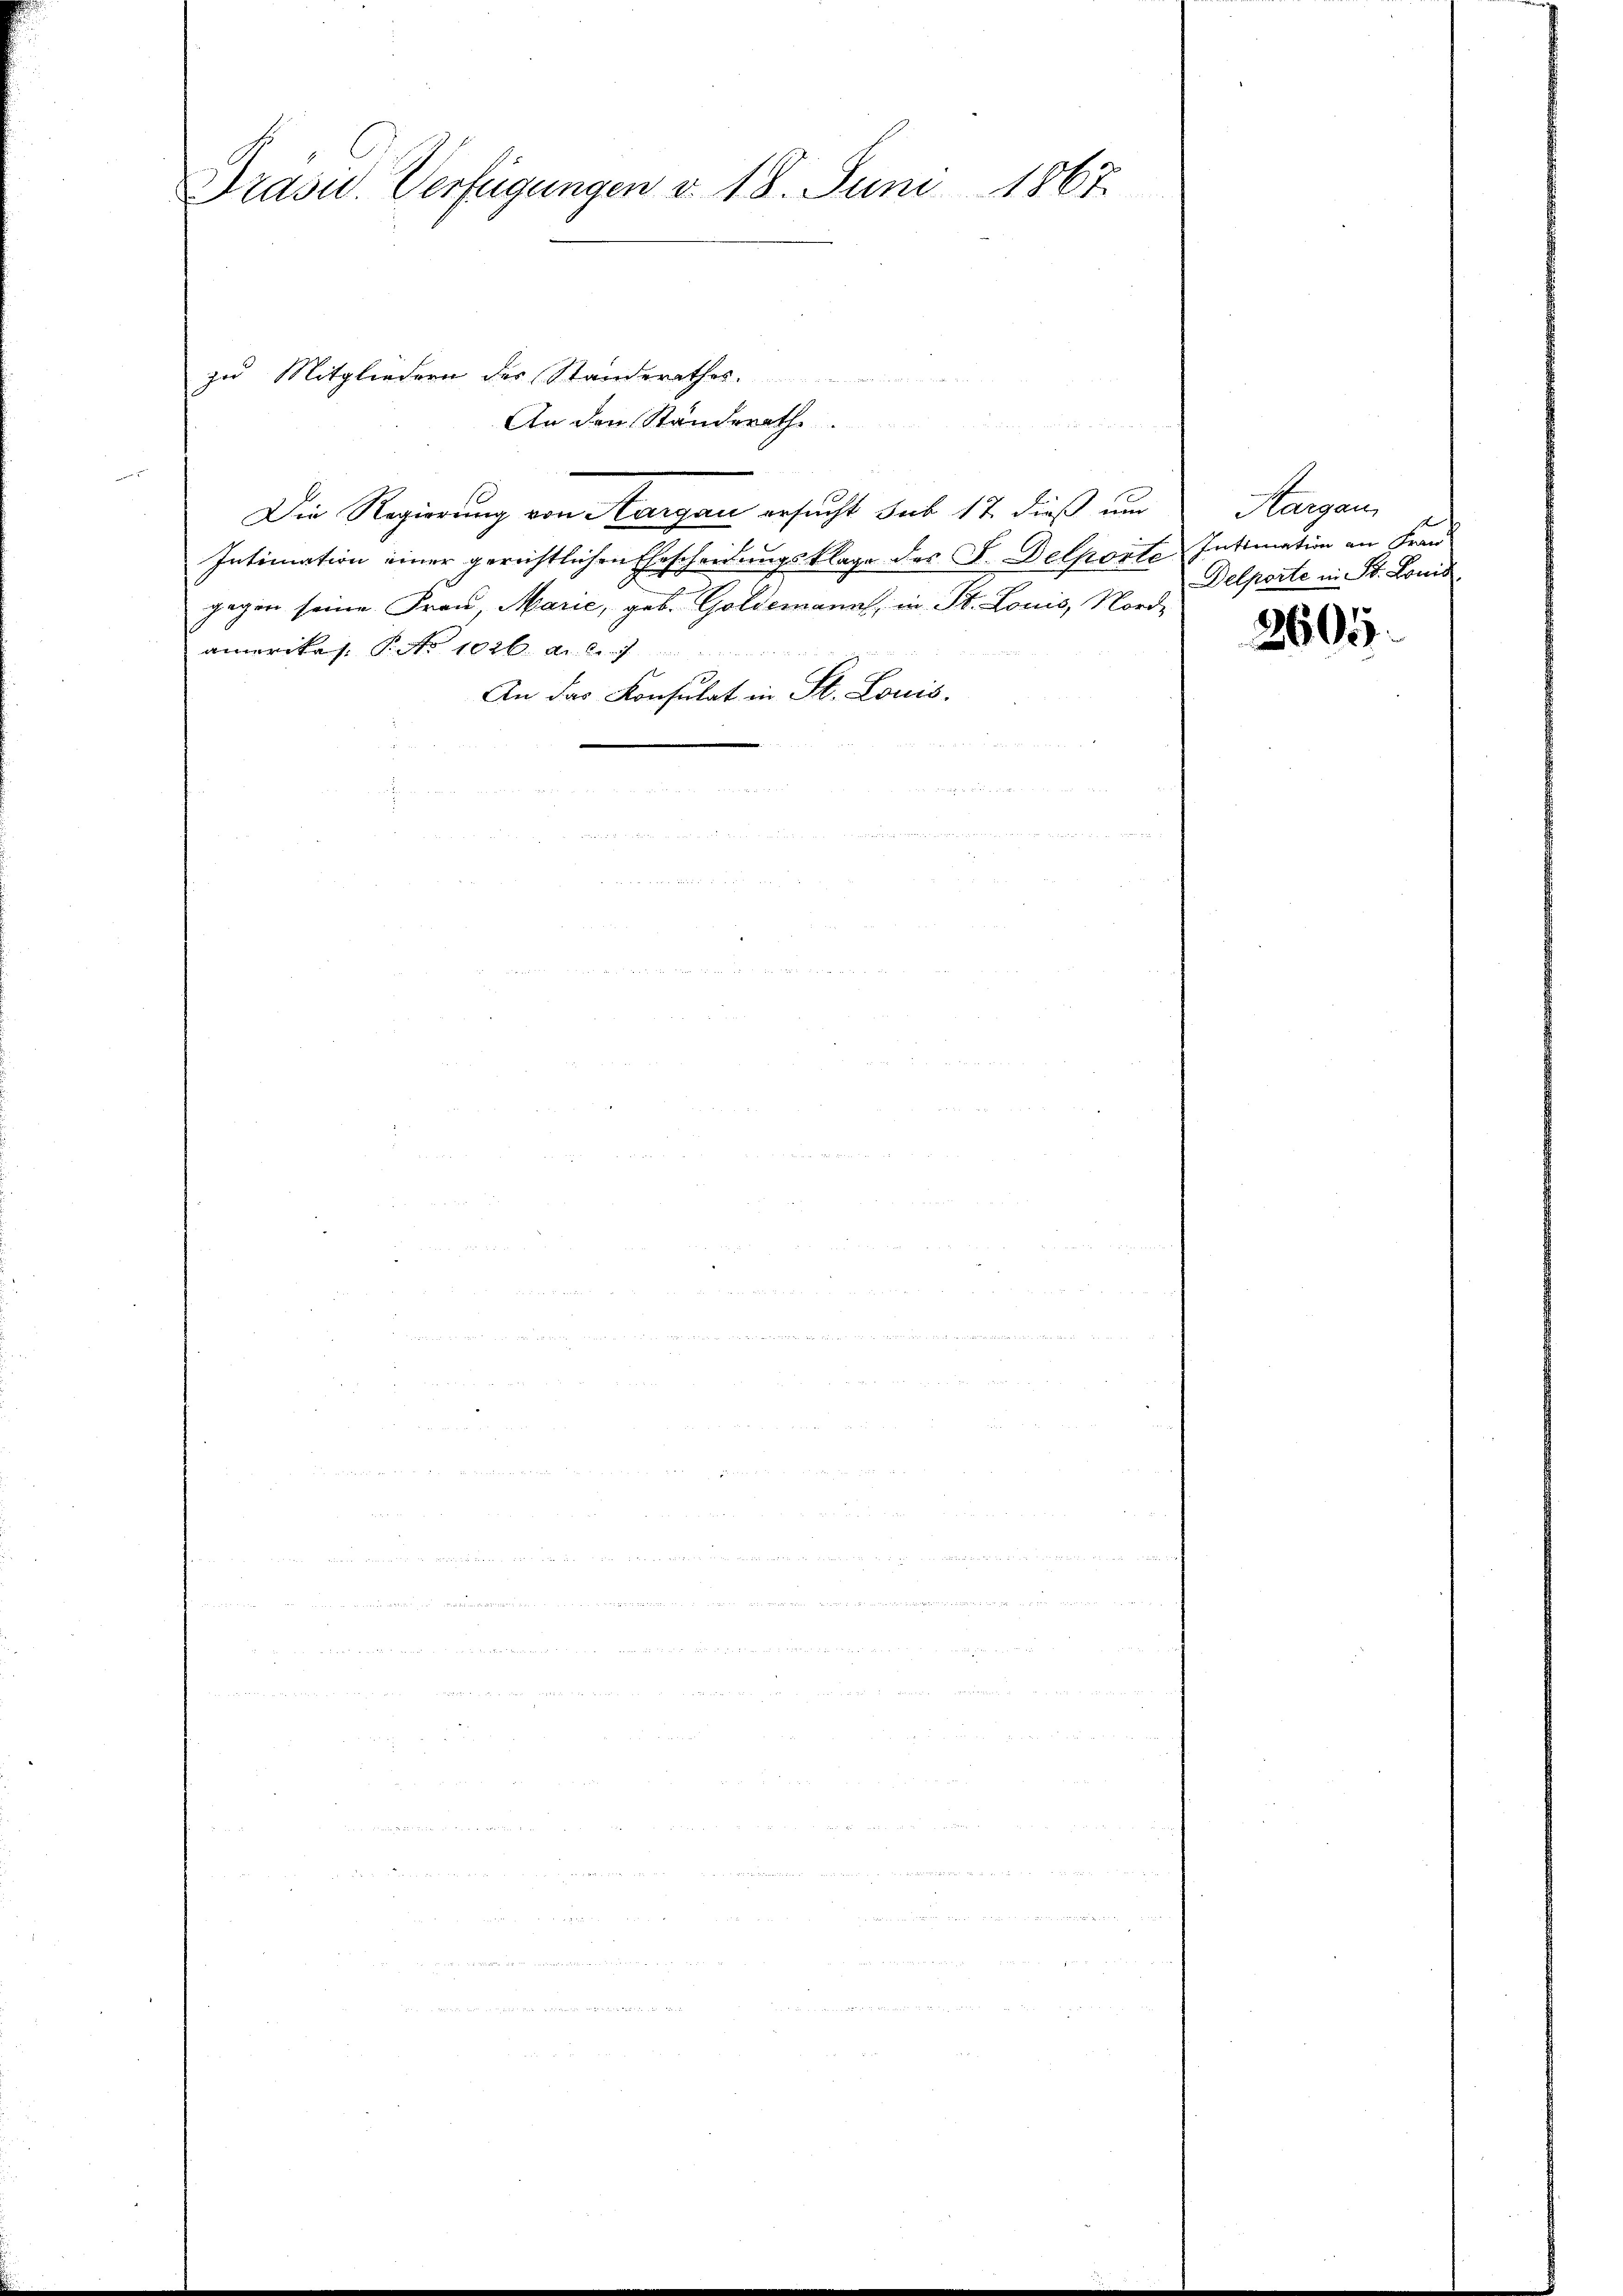
Präsid. Verfügungen v. 18. Juni 1867.

zu Mitgliedern des Standerathes
An den Ständerath

Die Regierung von Aargau ersucht sub 17 dieß um
Intimation einer gerichtlichen Ehescheidungsklage des L. Delporte Intimation an Frau
gegen seine Frau, Marie, geb. Goldemann, in St. Louis, Norde
amerikas P. No 1026. d. 27.
An das Konsulat in St. Louis
u

Aargau
Delporte in St. Louis

2605.